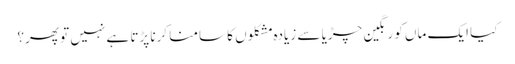
کیا ایک ماں کو رنگین چڑیا سے زیادہ مشکلوں کا سامنا کرنا پڑتا ہے نہیں تو پھر؟